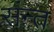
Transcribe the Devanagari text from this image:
संन्त